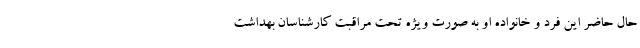
حال حاضر این فرد و خانواده او به صورت ویژه تحت مراقبت کارشناسان بهداشت